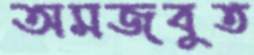
অমজবুত